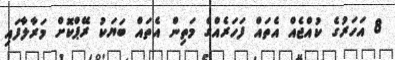
8 އަހަރުގެ ކުއްޖެއް އެތައް ފަހަރެއްގެ މަތިން އެތައް ބަޔަކު ރޭޕްކޮށް މަރާލާފައި